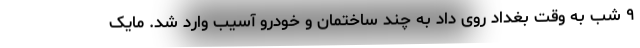
۹ شب به وقت بغداد روی داد به چند ساختمان و خودرو آسیب وارد شد. مایک